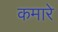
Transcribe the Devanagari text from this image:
कमारे